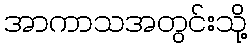
အာကာသအတွင်းသို့